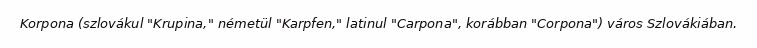
Korpona (szlovákul "Krupina," németül "Karpfen," latinul "Carpona", korábban "Corpona") város Szlovákiában.